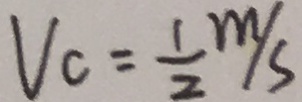
V _ { c } = \frac { 1 } { 2 } m / s